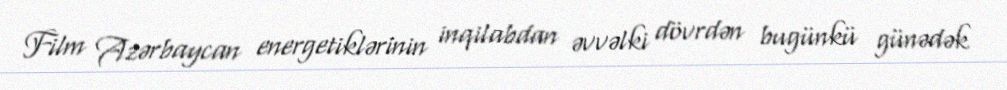
Film Azərbaycan energetiklərinin inqilabdan əvvəlki dövrdən bugünkü günədək